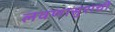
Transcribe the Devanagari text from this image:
लवणासुराची